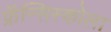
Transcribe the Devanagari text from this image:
फ्रॅन्सिस्कोला